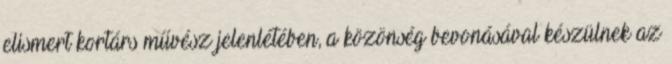
elismert kortárs művész jelenlétében, a közönség bevonásával készülnek az